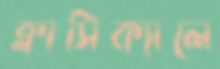
ক্লাসিক্যালে